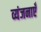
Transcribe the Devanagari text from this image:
व्यंजनाएँ